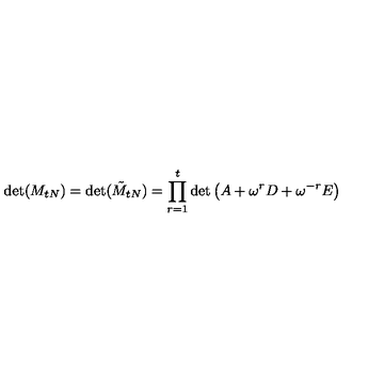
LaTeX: \det ( M _ { t N } ) = \det ( \tilde { M } _ { t N } ) = \prod _ { r = 1 } ^ { t } \det \left( A + \omega ^ { r } D + \omega ^ { - r } E \right)